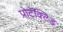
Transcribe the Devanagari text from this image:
प्रोटॅक्टिड